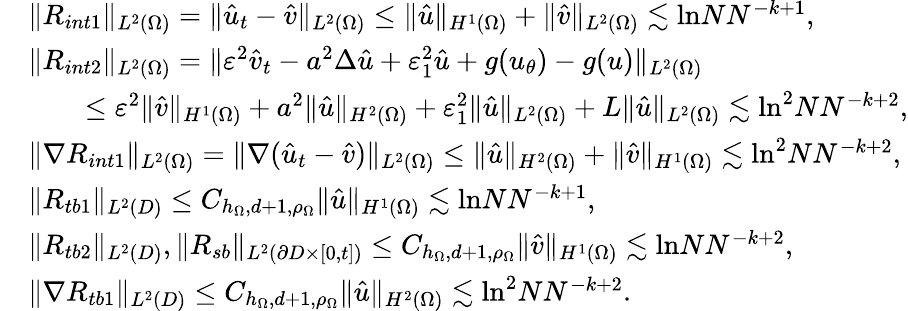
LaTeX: \begin{array}{rl}&{\| R_{int1}\| _{L^{2}(\Omega)}=\| \hat{u}_{t}-\hat{v}\| _{L^{2}(\Omega)}\leq\| \hat{u}\| _{H^{1}(\Omega)}+\| \hat{v}\| _{L^{2}(\Omega)}\lesssim\mathrm{ln}NN^{-k+1},}\\ &{\| R_{int2}\| _{L^{2}(\Omega)}=\| \varepsilon^{2}\hat{v}_{t}-a^{2}\Delta\hat{u}+\varepsilon_{1}^{2}\hat{u}+g(u_{\theta})-g(u)\| _{L^{2}(\Omega)}}\\ &{\qquad\leq\varepsilon^{2}\| \hat{v}\| _{H^{1}(\Omega)}+a^{2}\| \hat{u}\| _{H^{2}(\Omega)}+\varepsilon_{1}^{2}\| \hat{u}\| _{L^{2}(\Omega)}+L\| \hat{u}\| _{L^{2}(\Omega)}\lesssim\mathrm{ln}^{2}NN^{-k+2},}\\ &{\| \nabla R_{int1}\| _{L^{2}(\Omega)}=\| \nabla(\hat{u}_{t}-\hat{v})\| _{L^{2}(\Omega)}\leq\| \hat{u}\| _{H^{2}(\Omega)}+\| \hat{v}\| _{H^{1}(\Omega)}\lesssim\mathrm{ln}^{2}NN^{-k+2},}\\ &{\| R_{tb1}\| _{L^{2}(D)}\leq C_{h_{\Omega},d+1,\rho_{\Omega}}\| \hat{u}\| _{H^{1}(\Omega)}\lesssim\mathrm{ln}NN^{-k+1},}\\ &{\| R_{tb2}\| _{L^{2}(D)},\| R_{sb}\| _{L^{2}(\partial D\times[0,t])}\leq C_{h_{\Omega},d+1,\rho_{\Omega}}\| \hat{v}\| _{H^{1}(\Omega)}\lesssim\mathrm{ln}NN^{-k+2},}\\ &{\| \nabla R_{tb1}\| _{L^{2}(D)}\leq C_{h_{\Omega},d+1,\rho_{\Omega}}\| \hat{u}\| _{H^{2}(\Omega)}\lesssim\mathrm{ln}^{2}NN^{-k+2}.}\end{array}